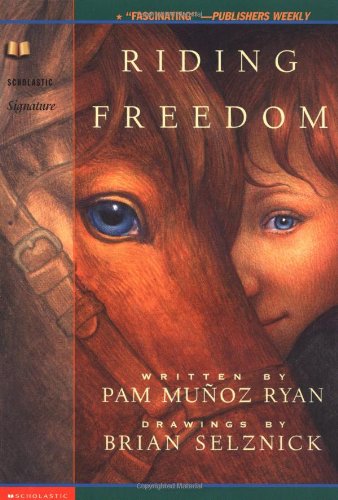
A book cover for Riding Freedom; Pam Munoz Ryan; Children's Books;